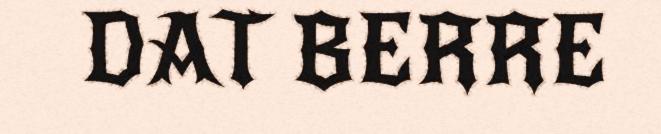
DAT BERRE